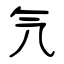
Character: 氕